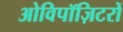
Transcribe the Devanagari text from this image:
ओविपॉज़िटरों